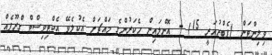
ވިލިންޓަން (ފެބްރުއަރީ 15) - އޮންލައިން ހެކަރުންގެ މައްޗަށް އެކުލެވޭ އެކްޓިވިސްޓް ގްރޫޕެއް